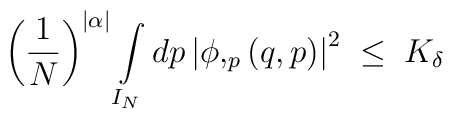
\left( \frac 1 N\right)^{|\alpha|} \int\limits_{I_N} dp \left| \phi,_p  \left( q, p\right)\right|^2\;\leq\; K_\delta